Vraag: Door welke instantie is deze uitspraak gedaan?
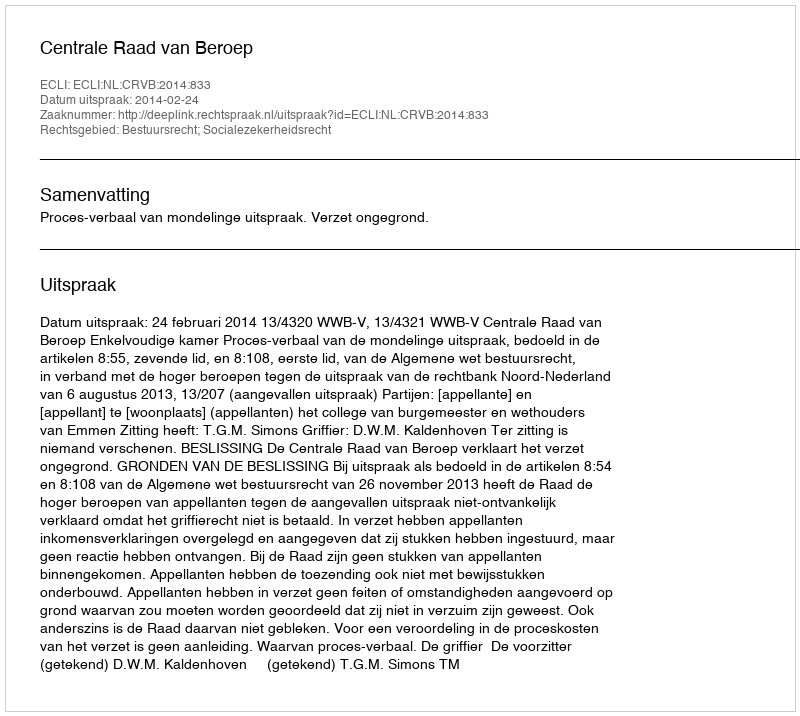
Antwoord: Centrale Raad van Beroep